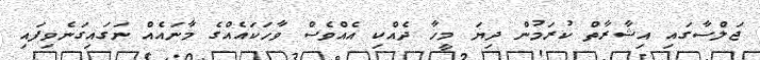
ޖަލްސާގައި އިޝާރާތް ކުރަމުން ދިޔަ މީހާ ދެއްކި އެއްވެސް ވާހަކައެއްގެ މާނައެއް ނަގައިގަނެވިފައި